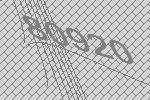
80920